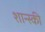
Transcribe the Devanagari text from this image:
शान्स्की